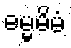
ဓမ္မမိမံ